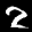
Label: 2